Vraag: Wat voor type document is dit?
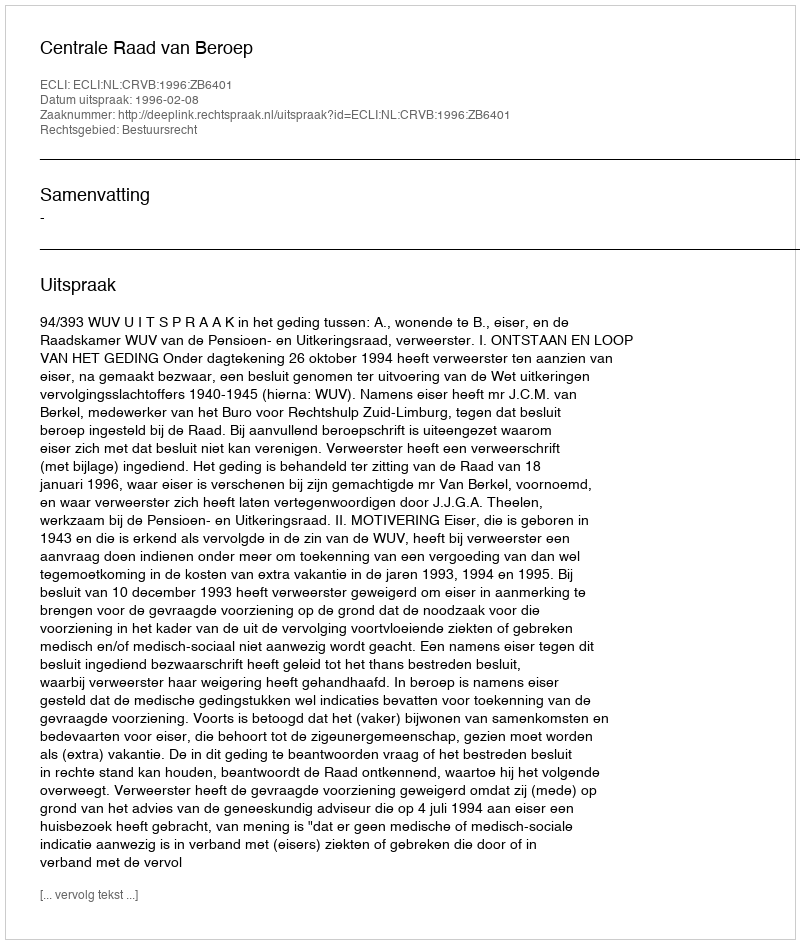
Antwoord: Uitspraak